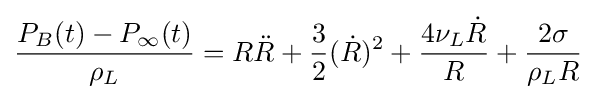
{\frac {P_{B}(t)-P_{\infty }(t)}{\rho _{L}}}=R{\ddot {R}}+{\frac {3}{2}}({\dot {R}})^{2}+{\frac {4\nu _{L}{\dot {R}}}{R}}+{\frac {2\sigma }{\rho _{L}R}}